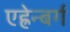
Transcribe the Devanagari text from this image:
एह्रेन्बर्ग